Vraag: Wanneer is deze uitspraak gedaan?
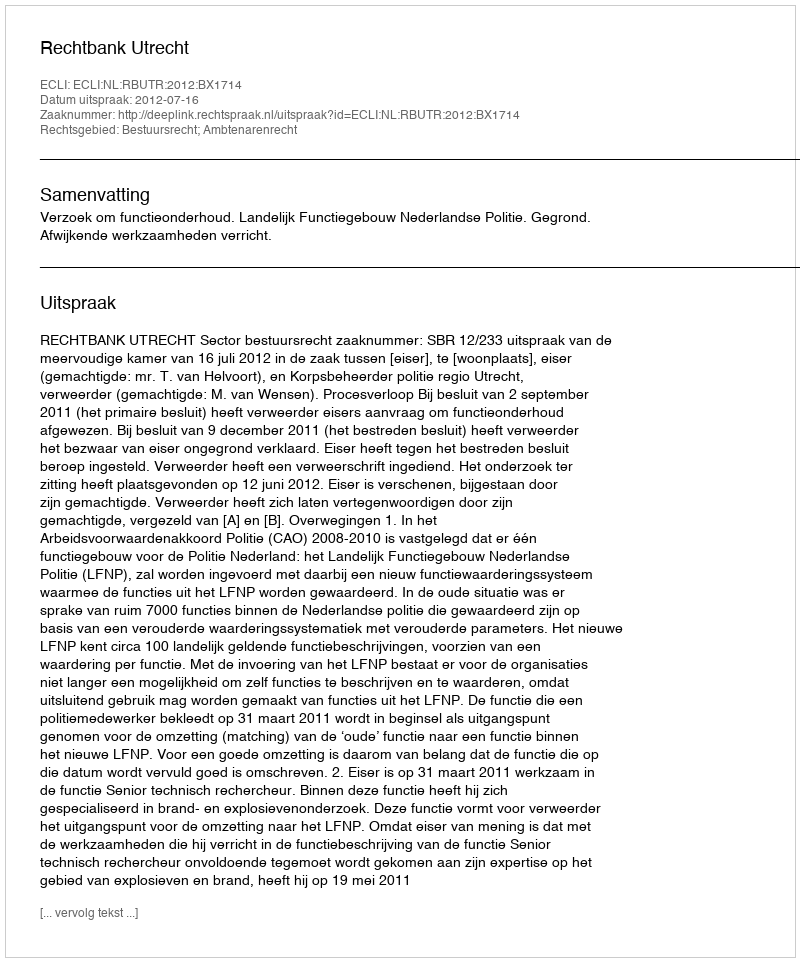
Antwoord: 2012-07-16